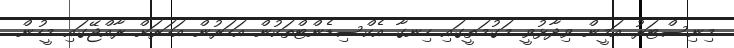
މިނިސްޓަރު އަމީން ވިދާޅުވީ މަގުމަތީގައި ހިނގާ އެކްސިޑެންޓްތަކުން އަހަރުން އަހަރަށް ރާއްޖޭގައި މީހުން